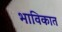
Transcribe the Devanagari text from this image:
भाविकात